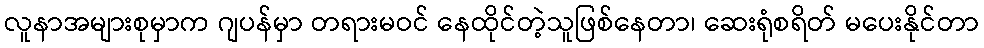
လူနာအများစုမှာက ဂျပန်မှာ တရားမဝင် နေထိုင်တဲ့သူဖြစ်နေတာ၊ ဆေးရုံစရိတ် မပေးနိုင်တာ